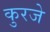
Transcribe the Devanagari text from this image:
कुरजे